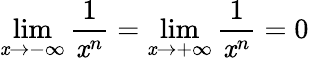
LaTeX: \lim\limits_{\mathit{x}\rightarrow-\infty}\frac{{1}}{{\mathit{x}^{n}}}=\lim\limits_{\mathit{x}\rightarrow+\infty}\frac{{1}}{{\mathit{x}^{n}}}=0